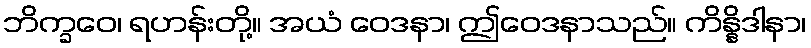
ဘိက္ခဝေ၊ ရဟန်းတို့။ အယံ ဝေဒနာ၊ ဤဝေဒနာသည်။ ကိန္နိဒါနာ၊